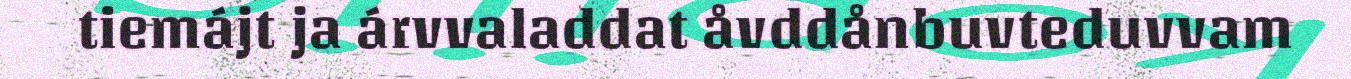
tiemájt ja árvvaladdat åvddånbuvteduvvam